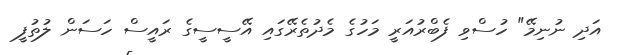
އަދި ނުނިމޭ" ހުސްވި ފެބްރުއަރީ މަހުގެ މެދުތެރޭގައި އޭސީސީގެ ރައީސް ހަސަން ލުތުފީ